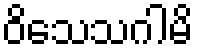
ဝိသေသဂါမိ